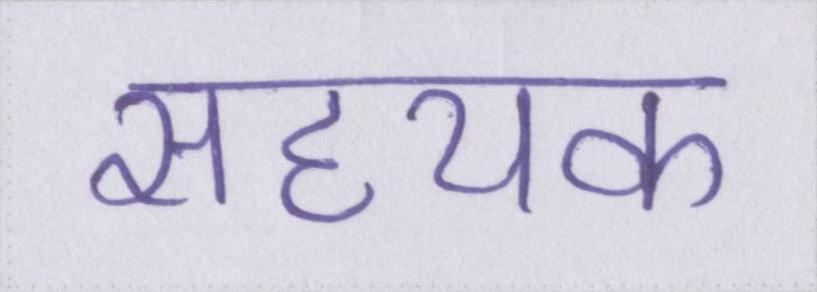
सहयक